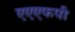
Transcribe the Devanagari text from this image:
एएएफपी